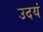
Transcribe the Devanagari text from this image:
उदयं